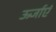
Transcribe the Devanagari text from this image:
ऊर्जाएं